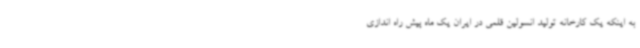
به اینکه یک کارخانه تولید انسولین قلمی در ایران یک ماه پیش راه اندازی